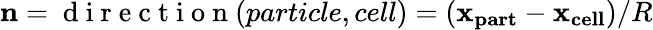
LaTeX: \mathbf{n}=\mathrm{~d~i~r~e~c~t~i~o~n~}(particle,cell)=(\mathbf{x_{part}}-\mathbf{x_{cell}})/R